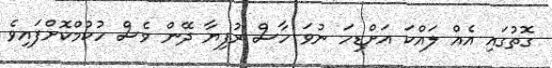
ގޮތުގައި އެއް ލައްކަ އަށްޑިހަ ނުވަ ހާސް ރުފިޔާ ދޭން ވެސް ހުކުމްކޮށްފައިވެ